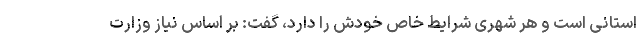
استانی است و هر شهری شرایط خاص خودش را دارد، گفت: بر اساس نیاز وزارت